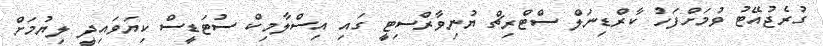
ގުރެޖުއޭޓު ވުމަށްފަހު ކާރްޑިނަލް ސްޓްރިޗް ޔުނިވާރްސިޓީ ގައި އިސްލާމިކް ސުޓަޑީސް ކިޔަވައިދީ ލިޔުމަށް